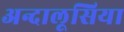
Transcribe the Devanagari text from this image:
अन्दालूसिया